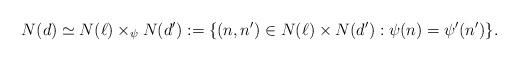
LaTeX: \begin{align*} N(d) \simeq N(\ell) \times_{\psi} N(d') := \{ (n,n') \in N(\ell) \times N(d') : \psi(n) = \psi'(n') \}.\end{align*}